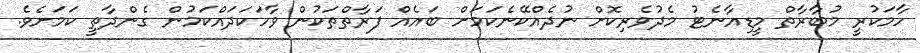
ހާމަކުރީ މުބާރާތް މީޑިއާނެޓު މެދުވެރިކޮށް ނުދެއްކޭނެކަމަށް ބައެއް ފަރާތްތަކުން ވާހަކަދައްކަމުން ގެންދާތީ ކަމަށެވެ.